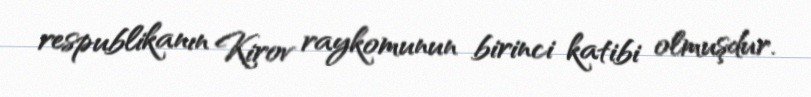
respublikanın Kirov raykomunun birinci katibi olmuşdur.